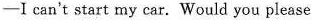
——I can't start my car. Would you please